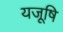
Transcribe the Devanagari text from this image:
यजूषि